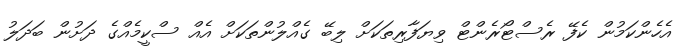
އެހެންކަމުން ކެފޭ ރެސްޓޯރެންޓް ވިޔަފާރިތަކަށް ލިބޭ ގެއްލުންތަކަށް އެއް ސްކީމެއްގެ ދަށުން ބަދަލު